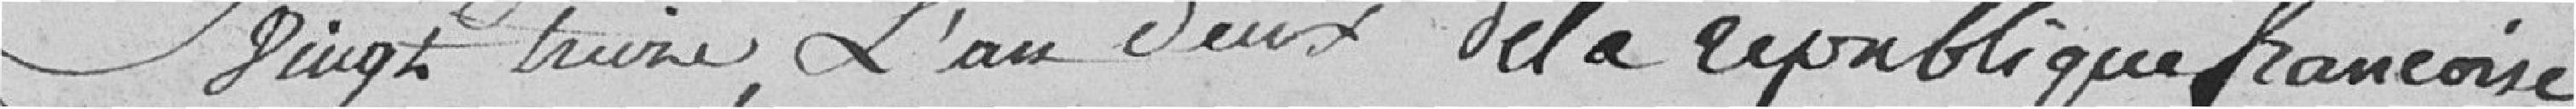
vingt treize, L'an deux de la république